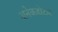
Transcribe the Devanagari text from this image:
अनेकडोटल